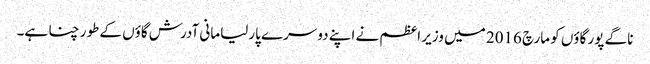
ناگے پور گاؤں کو مارچ 2016 میں وزیر اعظم نے اپنے دوسرے پارلیامانی آدرش گاؤں کے طور چنا ہے۔